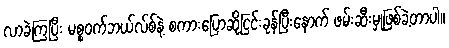
လာခဲ့ကြပြီး မစ္စဝက်ဘယ်လ်စ်နဲ့ စကားပြောဆိုငြင်းခုန်ပြီးနောက် ဖမ်းဆီးမှုဖြစ်ခဲ့တာပါ။